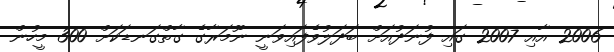
2006 އާއި 2007 ގައި ފުނަދުއަށް ބަދަލުވެފައިވަނީ ނޫމަރާގެ ގާތްގަނޑަކަށް 300 މީހުން